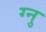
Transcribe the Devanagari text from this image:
ग्नु